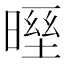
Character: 𣉓